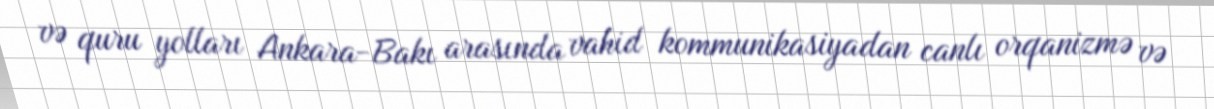
və quru yolları Ankara-Bakı arasında vahid kommunikasiyadan canlı orqanizmə və